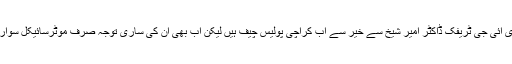
ایک زمانے میں کراچی کے ڈی آئی جی ٹریفک ڈاکٹر امیر شیخ سے خیر سے اب کراچی پولیس چیف ہیں لیکن اب بھی ان کی ساری توجہ صرف موٹرسائیکل سواروں کے معاملات تک ہی ہے ۔